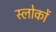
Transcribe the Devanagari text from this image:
स्लोकों